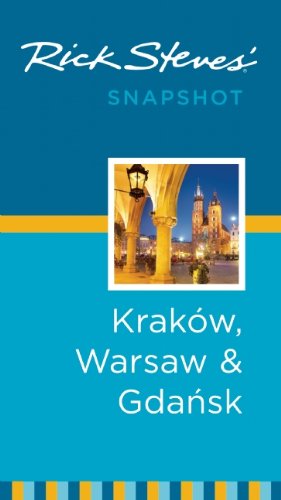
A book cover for Rick Steves' Snapshot KrakÃ³w, Warsaw & Gdansk; Rick Steves; Travel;